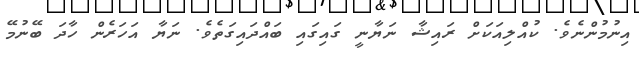
އިނުމުންނެވެ. ކުއްލިއަކަށް ރައިޝާ ނަޔާނީ ގައިގައި ބައްދައިގަތެވެ. ނަޔާ އަހަރެން ހާދަ ބޭނުމޭ